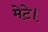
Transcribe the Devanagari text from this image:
मेटे।